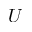
U